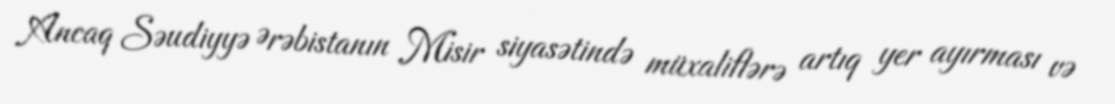
Ancaq Səudiyyə Ərəbistanın Misir siyasətində müxaliflərə artıq yer ayırması və